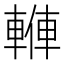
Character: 𨍙